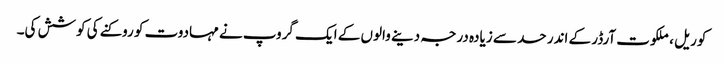
کوریل ، ملکوت آرڈر کے اندر حد سے زیادہ درجہ دینے والوں کے ایک گروپ نے مہادوت کو روکنے کی کوشش کی۔